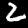
Label: 2